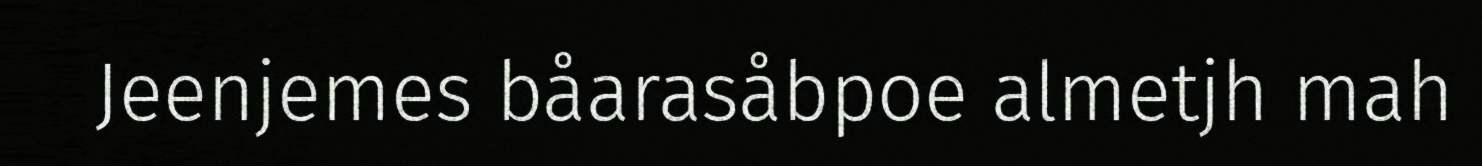
Jeenjemes båarasåbpoe almetjh mah